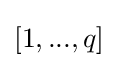
[1,...,q]